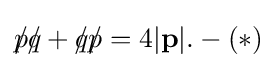
p\!\!\!/q\!\!\!/+q\!\!\!/p\!\!\!/=4|\mathbf {p} |.-(*)